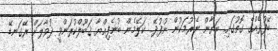
ބޭފުޅެއްގެ ގޮތުގައި. ބަޔާން ނެރުމަކުން ނުފުދޭ.. ކަލޭމެން ބުނެފިއްޔާ ޤަބޫލްކުރަންވީ ދުވާލަށް ރޭގަނޑޭ